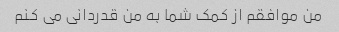
من موافقم از کمک شما به من قدردانی می کنم